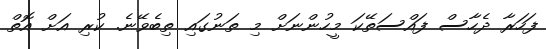
ފަހަރާ ދެހާސް ފައްސަތޭކަ މީހުންނަށް މި ތަނުގައި ތިބެވޭނެ. ކުރި އަށް އޮތް